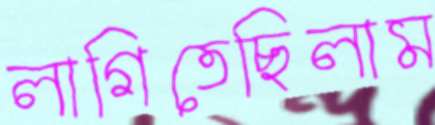
লাগিতেছিলাম